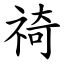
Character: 䄎